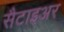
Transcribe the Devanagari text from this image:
सैटाइअर